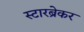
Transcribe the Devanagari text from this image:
स्टारब्रेकर